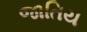
જાતિય